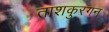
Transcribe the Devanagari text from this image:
ताशकुरगन